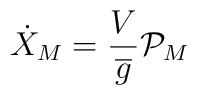
\dot{X}_{M}=\frac{V}{\overline{g}}{\mathcal{P}}_{M}